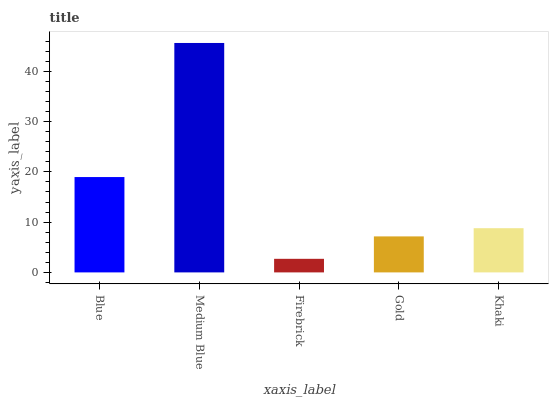
| xaxis_label | bars |
 | --- | --- |
 | Blue | 19 |
 | Medium Blue | 45.6 |
 | Firebrick | 2.7 |
 | Gold | 7.16 |
 | Khaki | 8.8 |